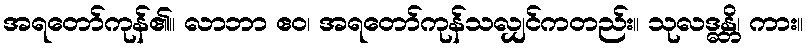
အရတော်ကုန်၏။ လာဘာ ဧဝ၊ အရတော်ကုန်သလျှင်ကတည်း။ သုလဒ္ဓန္တိ၊ ကား။